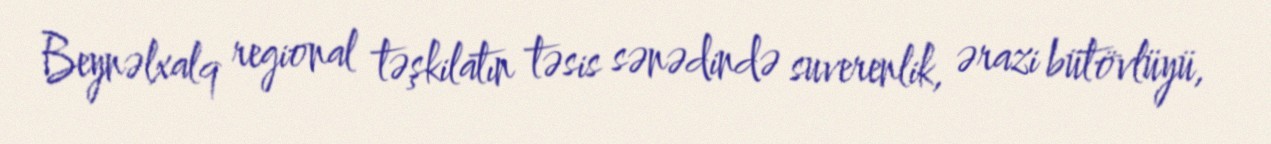
Beynəlxalq regional təşkilatın təsis sənədində suverenlik, ərazi bütövlüyü,